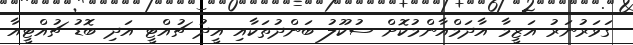
ގަވަރުނަރު އަޒީމާ އާދަމްއާންމުކޮށް ސުކޫލު ބަންދުތަކާއި އީދު ޗުއްޓީ އަދި ބޮޑު ޗުއްޓީއާ